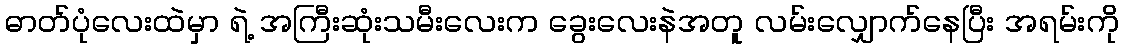
ဓာတ်ပုံလေးထဲမှာ ရဲ့ အကြီးဆုံးသမီးလေးက ခွေးလေးနဲအတူ လမ်းလျှောက်နေပြီး အရမ်းကို